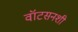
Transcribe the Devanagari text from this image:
वॉटसनशी